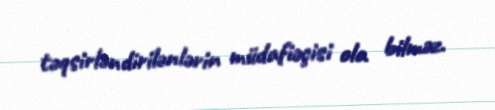
təqsirləndirilənlərin müdafiəçisi ola bilməz.